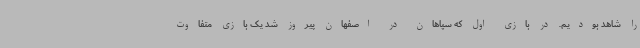
را شاهد بودیم. در بازی اول که سپاهان در اصفهان پیروز شد یک بازی متفاوت